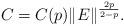
LaTeX: \begin{align*} C_{} = C(p)\Vert E \Vert^{\frac{2p}{2-p}}.\end{align*}